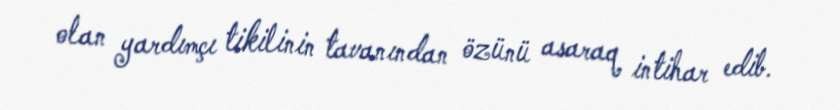
olan yardımçı tikilinin tavanından özünü asaraq intihar edib.